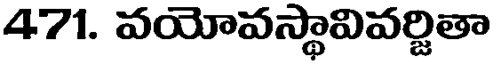
471. వయోవస్థావివర్జితా